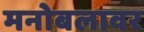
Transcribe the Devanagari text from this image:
मनोबलावर